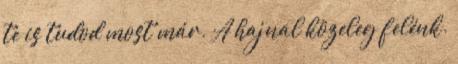
te is tudod most már. A hajnal közeleg felénk.